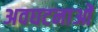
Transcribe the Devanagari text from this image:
अवघटनाओं